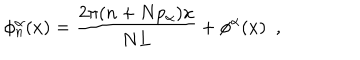
LaTeX: \phi _ { n } ^ { \alpha } ( x ) = \frac { 2 \pi ( n + N p _ { \alpha } ) x } { N L } + \phi ^ { \alpha } ( x ) \ \ ,